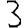
Digit: 3